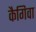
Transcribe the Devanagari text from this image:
कैगिवा